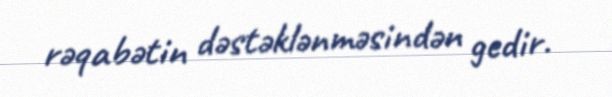
rəqabətin dəstəklənməsindən gedir.